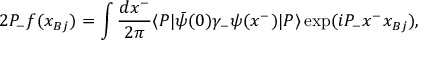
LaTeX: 2 P _ { - } f ( x _ { B j } ) = \int \frac { d x ^ { - } } { 2 \pi } \langle P | \bar { \psi } ( 0 ) \gamma _ { - } \psi ( x ^ { - } ) | P \rangle \exp ( i P _ { - } x ^ { - } x _ { B j } ) ,